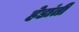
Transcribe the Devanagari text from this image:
हेडांती